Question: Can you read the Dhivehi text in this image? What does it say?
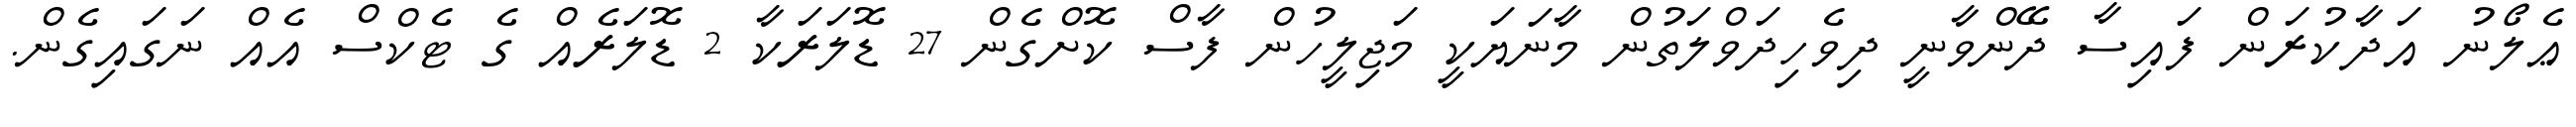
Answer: ޢެލޯނު އަދާކުރަން ފައިސާ ދޭންވާނީ ދިވެހިދަވްލަތުން މާނަޔަކީ މަޖިލީހުން ފާސް ކޮށްގެން 27 ޑޮލަރަކާ 2 ޑޮލަރެއް ގެ ޓެކްސް އެއް ނަގައިގެން.